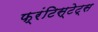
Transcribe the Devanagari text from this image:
फ्रंटिस्टेट्स